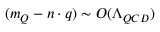
( m _ { Q } - n \cdot q ) \sim { \cal O } ( \Lambda _ { Q C D } )